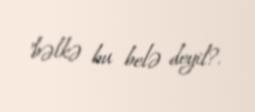
"bəlkə bu belə deyil?.